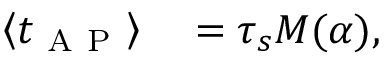
\begin{array} { r l } { \left\langle t _ { \mathrm { ~ A ~ P ~ } } \right\rangle } & { { } = \tau _ { s } M ( \alpha ) , } \end{array}